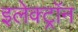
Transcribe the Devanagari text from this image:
इलेक्ट्राॅन